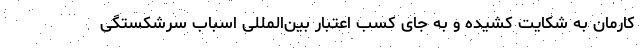
کارمان به شکایت کشیده و به جای کسب اعتبار بین‌المللی اسباب سرشکستگی